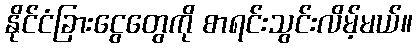
နိုင်ငံခြားငွေတွေကို စာရင်းသွင်းလိမ့်မယ်။